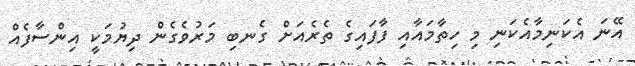
އޭނަ އެކަނިމާއެކަނި މި ހިތާމައާއި ފާފައިގެ ތެރެއަށް ގެނބި މަރުވެގެން ދިޔުމަކީ އިންސާފެއް